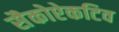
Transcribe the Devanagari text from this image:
सैकोऐकटिव